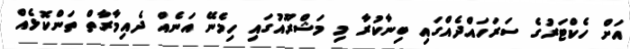
އަށް ހެކްޓަރުގެ ސަރަހައްދެއްގައި ބިނާކުރާ މި މަޝްރޫއުގައި ހިމެނޭ އަނެއް ދެއިމާރާތް ތަންކޮޅެއް